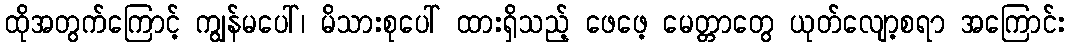
ထိုအတွက်ကြောင့် ကျွန်မပေါ်၊ မိသားစုပေါ် ထားရှိသည့် ဖေဖေ့ မေတ္တာတွေ ယုတ်လျော့စရာ အကြောင်း